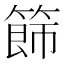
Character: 𥰐